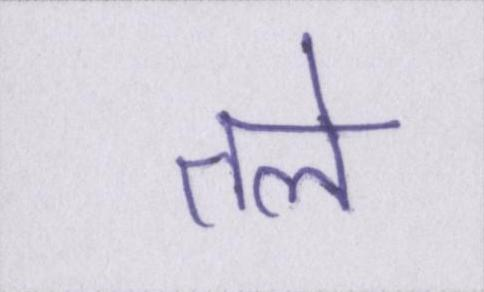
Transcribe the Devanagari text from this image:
तले